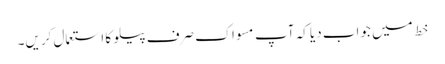
خط میں جواب دیا کہ آپ مسواک صرف پیلو کا استعمال کریں۔